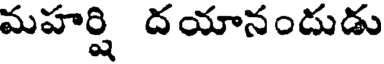
మహర్షి దయానందుడు